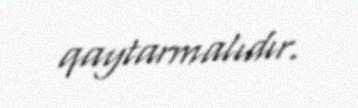
qaytarmalıdır.